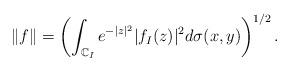
LaTeX: \begin{align*} \|f\|=\left(\int_{\mathbb{C}_I} e^{-|z|^2} |f_I(z)|^2 d\sigma(x,y)\right)^{1/2}. \end{align*}